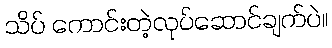
သိပ် ကောင်းတဲ့လုပ်ဆောင်ချက်ပဲ။